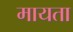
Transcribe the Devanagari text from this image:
मायता